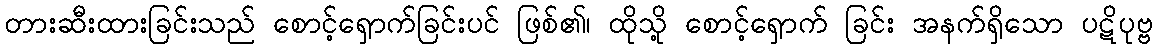
တားဆီးထားခြင်းသည် စောင့်ရှောက်ခြင်းပင် ဖြစ်၏၊ ထိုသို့ စောင့်ရှောက် ခြင်း အနက်ရှိသော ပဋိပုဗ္ဗ